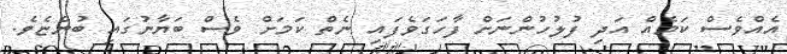
އެއްވެސް ކަމެއް އަދި ފުލުހުންނަށް ފާހަގަވެފައި ނެތް ކަމަށް ވެސް ބަޔާނުގައި ބުންޏެވެ.